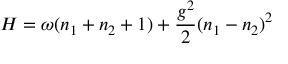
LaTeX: H = \omega ( n _ { 1 } + n _ { 2 } + 1 ) + \frac { g ^ { 2 } } { 2 } ( n _ { 1 } - n _ { 2 } ) ^ { 2 }